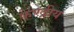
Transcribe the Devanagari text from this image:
केण्द्रीय